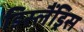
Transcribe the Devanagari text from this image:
डिस्लैंड्रिस